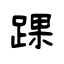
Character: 踝